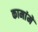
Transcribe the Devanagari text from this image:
कामांमें